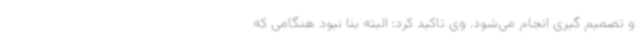
و تصمیم گیری انجام می‌شود. وی تاکید کرد: البته بنا نبود هنگامی که